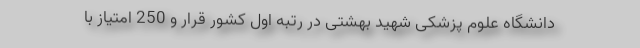
دانشگاه علوم پزشکی شهید بهشتی در رتبه اول کشور قرار و 250 امتیاز با